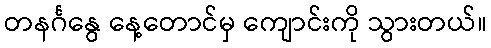
တနင်္ဂနွေ နေ့တောင်မှ ကျောင်းကို သွားတယ်။